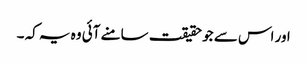
اور اس سے جو حقیقت سامنے آئی وہ یہ کہ ۔